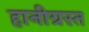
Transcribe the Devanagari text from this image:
हानीग्रस्त